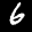
Label: 6